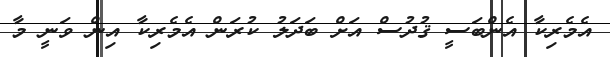
އެމެރިކާ އެންބަސީ ޤުދުސް އަށް ބަދަލު ކުރަން އެމެރިކާ އިން ވަނީ މާ